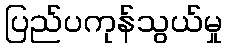
ပြည်ပကုန်သွယ်မှု